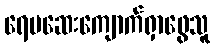
ရေမဆေးကျောက်ရှာဖွေသူ